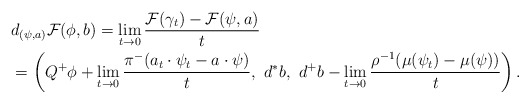
\begin{align*}&d_{(\psi,a)} \mathcal{F} (\phi, b) = \lim_{t\to 0} \frac{\mathcal{F}(\gamma_t) - \mathcal{F}(\psi,a)}{t} \\&= \left( Q^+\phi + \lim_{t\to 0} \frac{\pi^{-} (a_t\cdot\psi_t - a\cdot\psi)}{t},\,\, d^*b,\,\, d^+b-\lim_{t\to 0} \frac{\rho^{-1}(\mu(\psi_t) - \mu(\psi))}{t} \right).\end{align*}